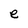
Character: e